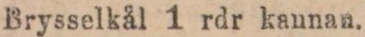
Brysselkål 1 rdr kannan.